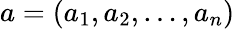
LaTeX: a=(a_{1},a_{2},\dots,a_{n})